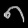
Digit: ၈